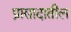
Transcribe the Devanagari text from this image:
प्रासादातील